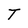
Character: T